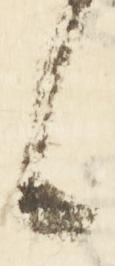
候